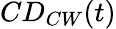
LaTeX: CD_{CW}(t)